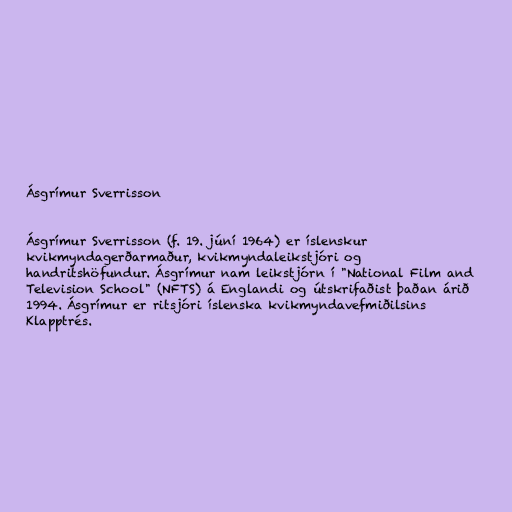
Ásgrímur Sverrisson

Ásgrímur Sverrisson (f. 19. júní 1964) er íslenskur
kvikmyndagerðarmaður, kvikmyndaleikstjóri og
handritshöfundur. Ásgrímur nam leikstjórn í "National Film and
Television School" (NFTS) á Englandi og útskrifaðist þaðan árið
1994. Ásgrímur er ritsjóri íslenska kvikmyndavefmiðilsins
Klapptrés.